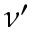
\nu ^ { \prime }